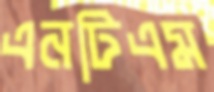
এনটিএম